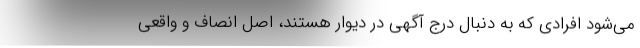
می‌شود افرادی که به دنبال درج آگهی در دیوار هستند، اصل انصاف و واقعی